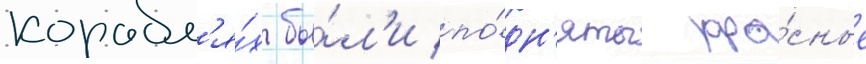
корабл'я́х бы́л'и по́дн'яты кра́сные